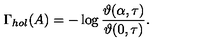
\Gamma _ { h o l } ( A ) = - \log \frac { \vartheta ( \alpha , \tau ) } { \vartheta ( 0 , \tau ) } .